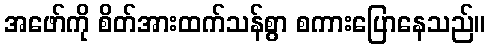
အဖော်ကို စိတ်အားထက်သန်စွာ စကားပြောနေသည်။